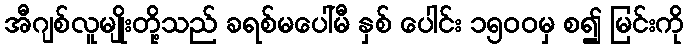
အီဂျစ်လူမျိုးတို့သည် ခရစ်မပေါ်မီ နှစ် ပေါင်း ၁၅၀၀မှ စ၍ မြင်းကို